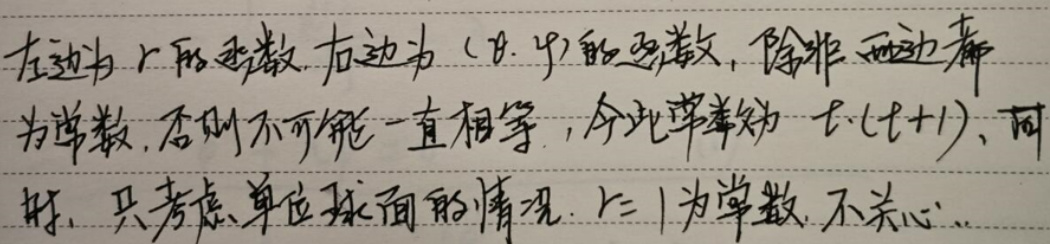
左边为 \( r \) 的函数，右边为 \((\theta,\varphi)\) 的函数，除非两边都为常数，否则不可能一直相等，今此常数为 \( l(l + 1)\)，同样，只考虑单位球面的情况，\(r = 1\) 为常数，不关心。